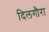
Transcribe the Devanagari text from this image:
दिलगौरा